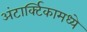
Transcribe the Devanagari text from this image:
अंटार्क्टिकामध्ये